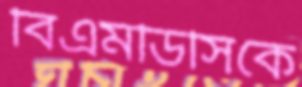
বিএমডিসিকে